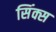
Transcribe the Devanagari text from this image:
सिंक्स